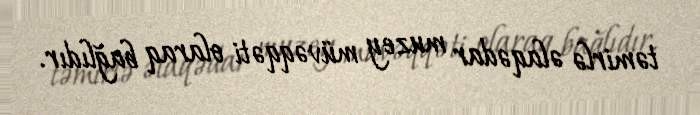
təmirlə əlaqədar muzey müvəqqəti olaraq bağlıdır.